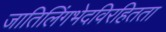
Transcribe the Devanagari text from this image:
जातिलिंगभेदविरहितता